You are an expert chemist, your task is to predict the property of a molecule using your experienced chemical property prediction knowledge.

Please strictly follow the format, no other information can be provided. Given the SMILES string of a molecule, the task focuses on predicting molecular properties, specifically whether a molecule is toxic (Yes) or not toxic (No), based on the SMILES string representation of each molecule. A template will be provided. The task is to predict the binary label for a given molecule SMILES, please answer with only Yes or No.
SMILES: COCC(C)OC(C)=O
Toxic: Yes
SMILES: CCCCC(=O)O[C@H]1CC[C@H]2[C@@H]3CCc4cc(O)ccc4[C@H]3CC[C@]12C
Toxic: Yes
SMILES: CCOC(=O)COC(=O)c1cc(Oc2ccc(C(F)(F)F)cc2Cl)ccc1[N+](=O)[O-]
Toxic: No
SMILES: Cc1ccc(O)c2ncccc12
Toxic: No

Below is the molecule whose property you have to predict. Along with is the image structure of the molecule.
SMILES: CCC(Cc1c(I)cc(I)c(N)c1I)C(=O)O
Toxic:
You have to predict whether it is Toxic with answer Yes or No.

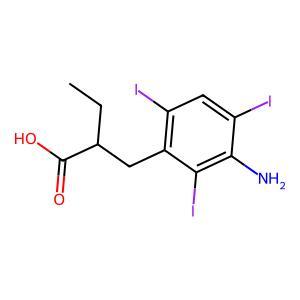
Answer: No